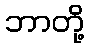
ဘာတို့